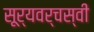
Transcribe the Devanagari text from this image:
सूर्यवर्चस्वी